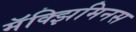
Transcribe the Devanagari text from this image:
मॅक्झिमिनस